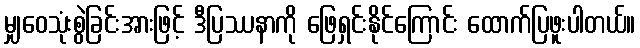
မျှဝေသုံးစွဲခြင်းအားဖြင့် ဒီပြဿနာကို ဖြေရှင်းနိုင်ကြောင်း ထောက်ပြဖူးပါတယ်။